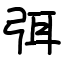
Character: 弭